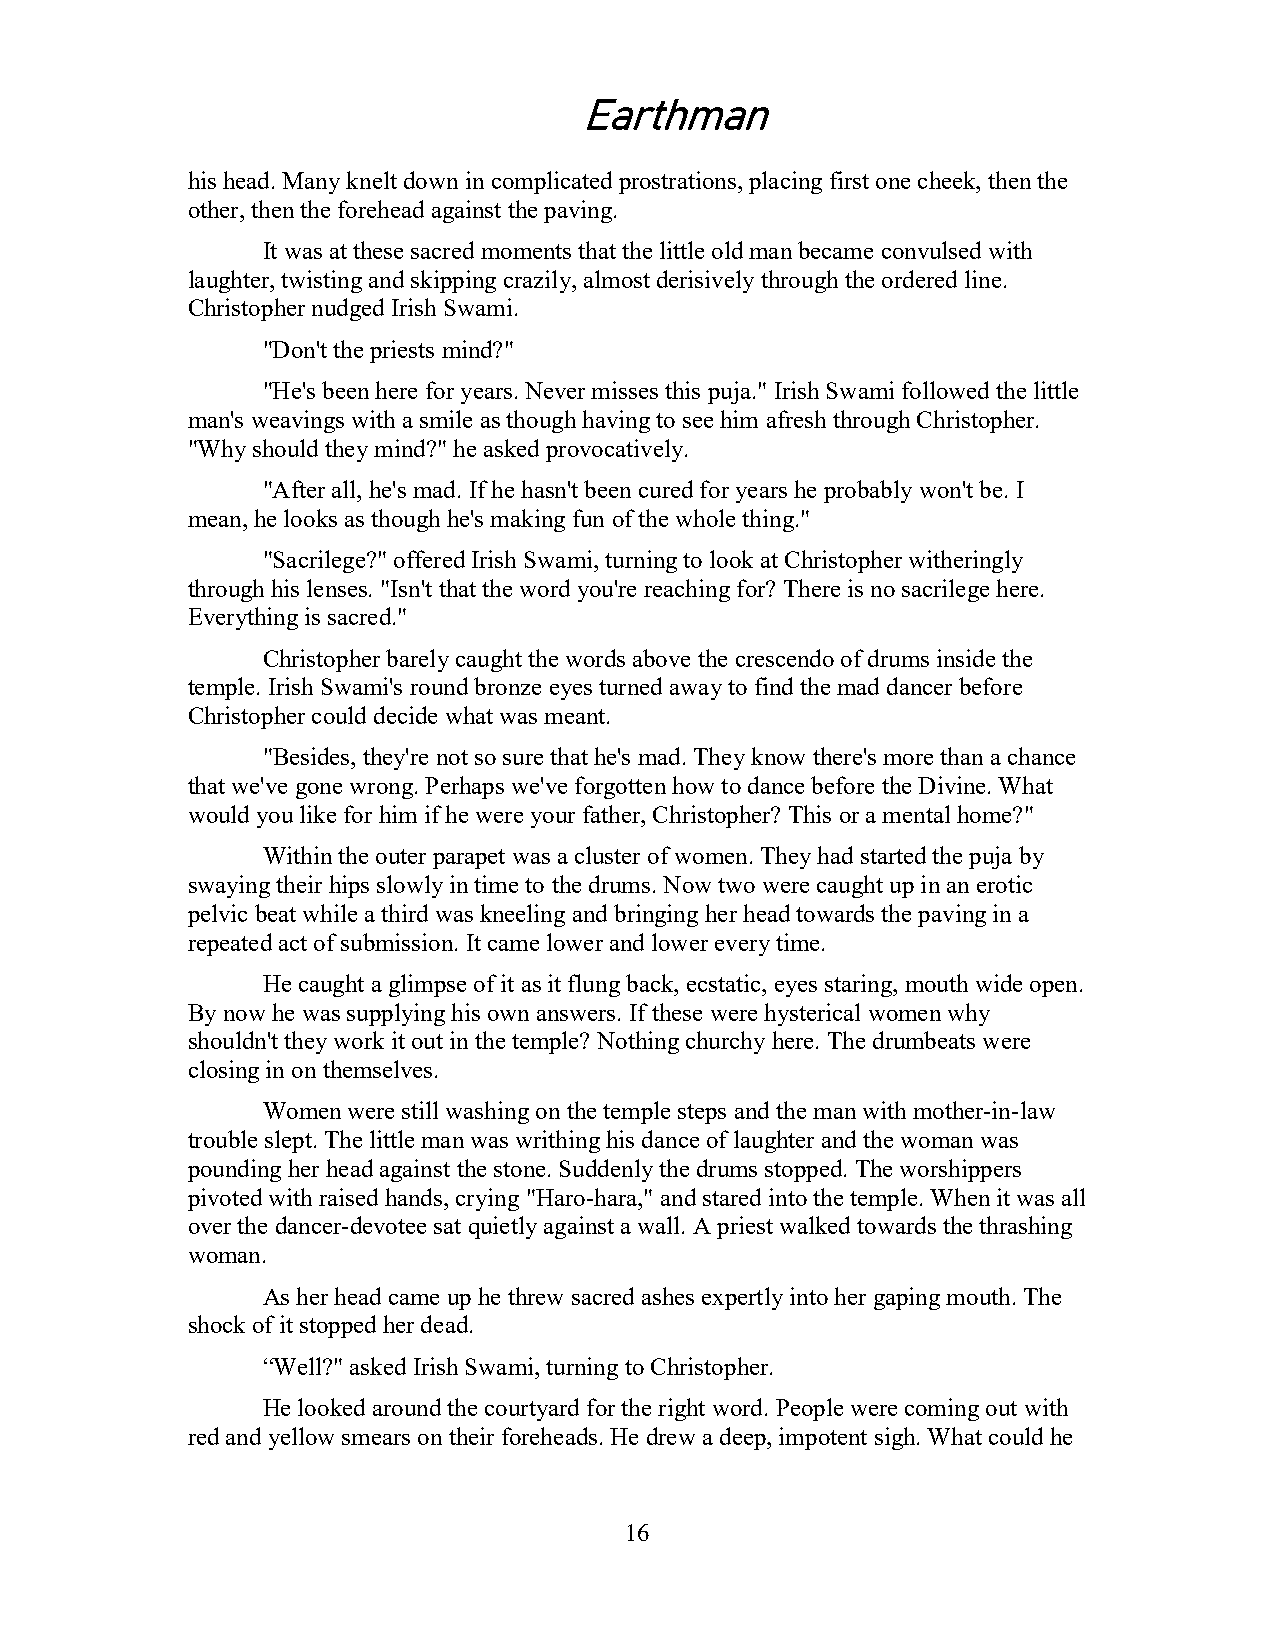
Earthman
 his head. Many knelt down in complicated prostrations, placing first one cheek, then the
 other, then the forehead against the paving.
 It was at these sacred moments that the little old man became convulsed with
 laughter, twisting and skipping crazily, almost derisively through the ordered line.
 Christopher nudged Irish Swami.
 "Don't the priests mind?"
 "He's been here for years. Never misses this puja." Irish Swami followed the little
 man's weavings with a smile as though having to see him afresh through Christopher.
 "Why should they mind?" he asked provocatively.
 "After all, he's mad. If he hasn't been cured for years he probably won't be. I
 mean, he looks as though he's making fun of the whole thing."
 "Sacrilege?" offered Irish Swami, turning to look at Christopher witheringly
 through his lenses. "Isn't that the word you're reaching for? There is no sacrilege here.
 Everything is sacred."
 Christopher barely caught the words above the crescendo of drums inside the
 temple. Irish Swami's round bronze eyes turned away to find the mad dancer before
 Christopher could decide what was meant.
 "Besides, they're not so sure that he's mad. They know there's more than a chance
 that we've gone wrong. Perhaps we've forgotten how to dance before the Divine. What
 would you like for him if he were your father, Christopher? This or a mental home?"
 Within the outer parapet was a cluster of women. They had started the puja by
 swaying their hips slowly in time to the drums. Now two were caught up in an erotic
 pelvic beat while a third was kneeling and bringing her head towards the paving in a
 repeated act of submission. It came lower and lower every time.
 He caught a glimpse of it as it flung back, ecstatic, eyes staring, mouth wide open.
 By now he was supplying his own answers. If these were hysterical women why
 shouldn't they work it out in the temple? Nothing churchy here. The drumbeats were
 closing in on themselves.
 Women were still washing on the temple steps and the man with mother-in-law
 trouble slept. The little man was writhing his dance of laughter and the woman was
 pounding her head against the stone. Suddenly the drums stopped. The worshippers
 pivoted with raised hands, crying "Haro-hara," and stared into the temple. When it was all
 over the dancer-devotee sat quietly against a wall. A priest walked towards the thrashing
 woman.
 As her head came up he threw sacred ashes expertly into her gaping mouth. The
 shock of it stopped her dead.
 “Well?" asked Irish Swami, turning to Christopher.
 He looked around the courtyard for the right word. People were coming out with
 red and yellow smears on their foreheads. He drew a deep, impotent sigh. What could he
 16